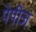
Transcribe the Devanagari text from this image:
पेपीज